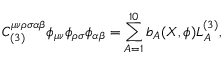
C _ { ( 3 ) } ^ { \mu \nu \rho \sigma \alpha \beta } \phi _ { \mu \nu } \phi _ { \rho \sigma } \phi _ { \alpha \beta } = \sum _ { A = 1 } ^ { 1 0 } b _ { A } ( X , \phi ) L _ { A } ^ { ( 3 ) } ,